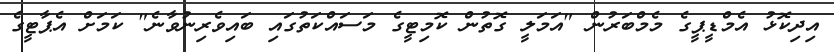
އިދިކޮޅު އެމްޑީޕީގެ މެމްބަރުން "އަމަލީ ގޮތުން ކޮމިޓީގެ މަސައްކަތުގައި ބައިވެރިނުވާނެ" ކަމަށް އެޕާޓީގެ